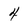
Character: 4